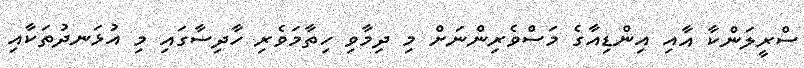
ސްރީލަންކާ އާއި އިންޑިއާގެ މަސްވެރިންނަށް މި ދިމާވި ހިތާމަވެރި ހާދިސާގައި މި އުޅަނދުތަކާއި